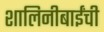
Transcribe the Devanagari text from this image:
शालिनीबाईंची